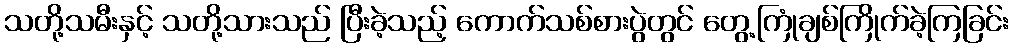
သတို့သမီးနှင့် သတို့သားသည် ပြီးခဲ့သည့် ကောက်သစ်စားပွဲတွင် တွေ့ကြုံချစ်ကြိုက်ခဲ့ကြခြင်း